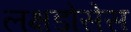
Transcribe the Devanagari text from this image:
लक्षडोसेस